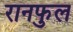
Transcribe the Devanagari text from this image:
रानफुल